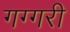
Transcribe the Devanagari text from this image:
गग्गरी